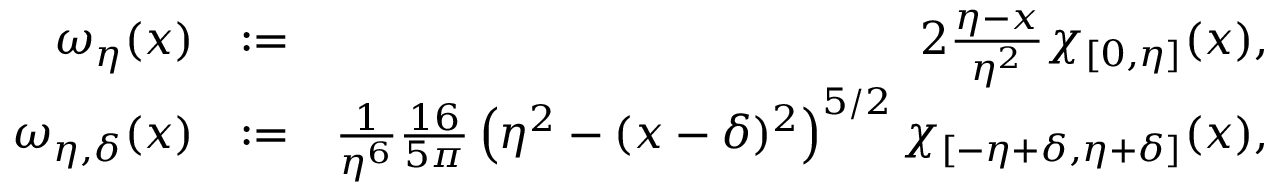
\begin{array} { r l r } { \omega _ { \eta } ( x ) } & { : = } & { 2 \frac { \eta - x } { \eta ^ { 2 } } \chi _ { [ 0 , \eta ] } ( x ) , } \\ { \omega _ { \eta , \delta } ( x ) } & { : = } & { \frac { 1 } { \eta ^ { 6 } } \frac { 1 6 } { 5 \pi } \left( \eta ^ { 2 } - ( x - \delta ) ^ { 2 } \right) ^ { 5 / 2 } \chi _ { [ - \eta + \delta , \eta + \delta ] } ( x ) , } \end{array}